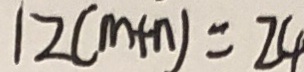
1 2 ( m + n ) = 2 4